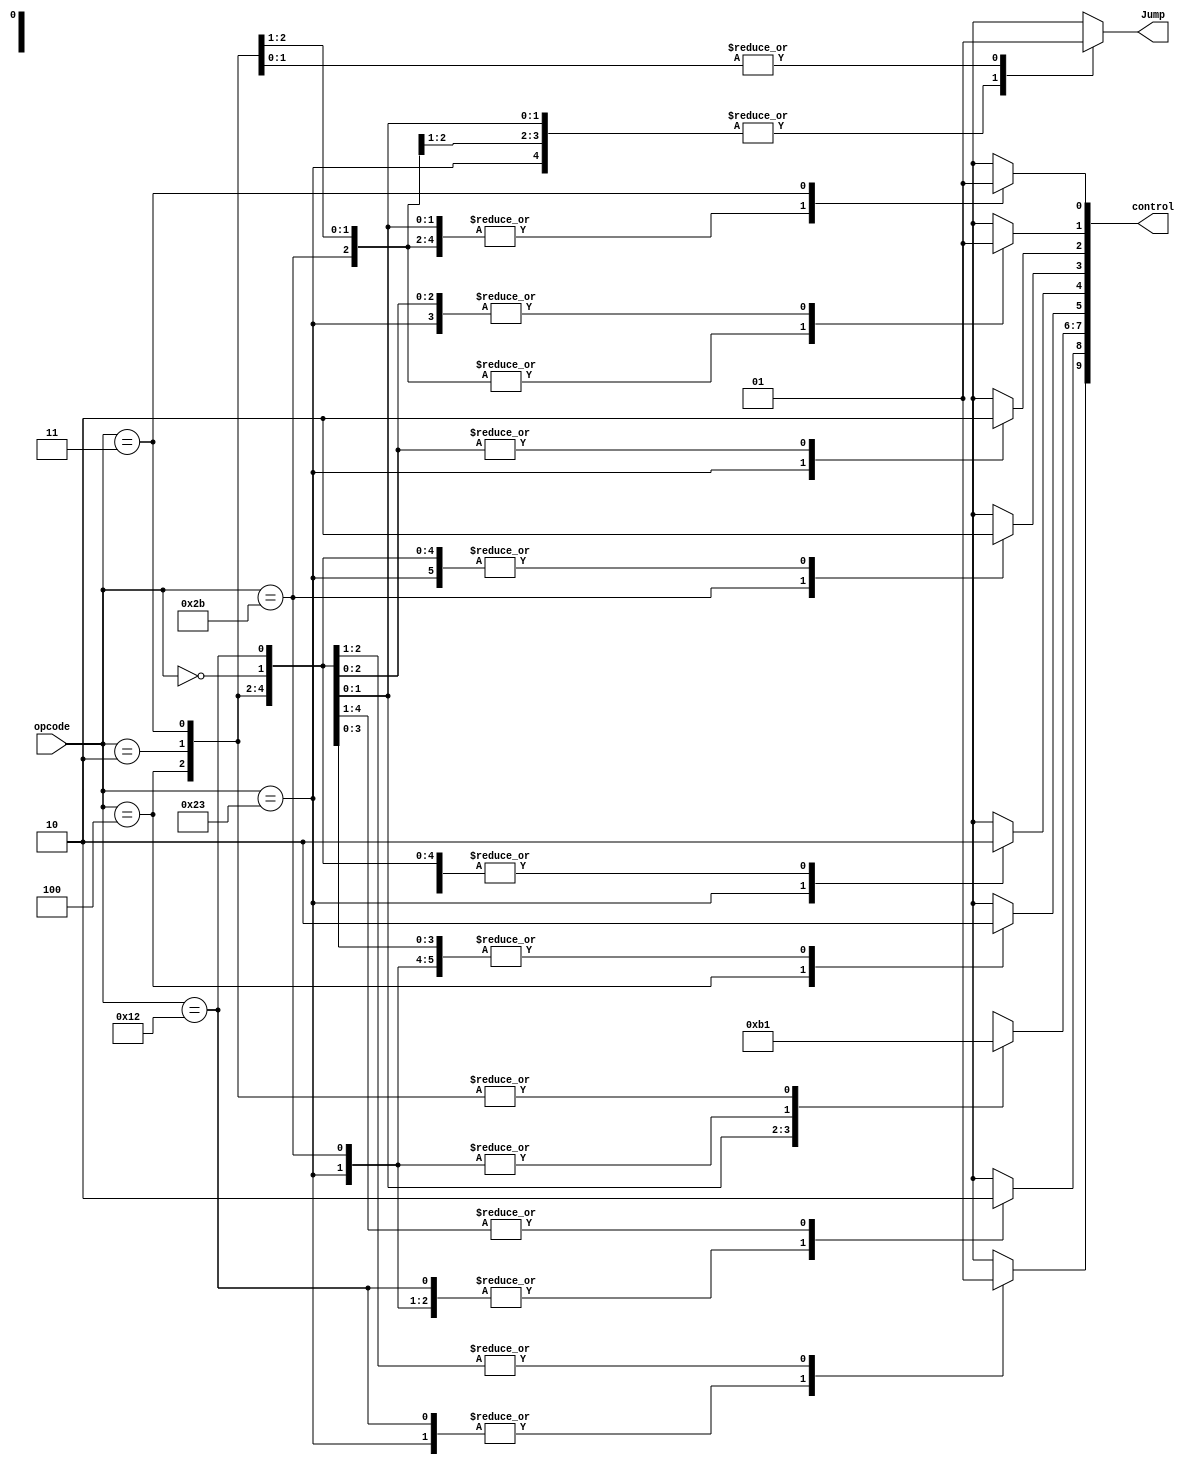
module control_pipeline( opcode, control, Jump );
    input[5:0] opcode;
	output[9:0] control ;
	output Jump ;

    reg RegDst, ALUSrc, MemtoReg, RegWrite, MemRead, MemWrite, Branch, Jump, Jal;
    reg[1:0] ALUOp;
	reg[9:0] control ;

	initial begin
		Branch = 1'b0 ;
		control = 10'bxxxx0xxxxx ;
		Jump = 1'b0 ;
	end
    parameter R_FORMAT = 6'd0;
	parameter SLTI = 6'd18;
    parameter LW = 6'd35;
    parameter SW = 6'd43;
    parameter BEQ = 6'd4;
	parameter J = 6'd2;
	parameter JAL = 6'd3;

    always @( opcode ) begin
        case ( opcode )
          R_FORMAT : 
          begin
				RegDst = 1'b1; ALUSrc = 1'b0; MemtoReg = 1'b0; RegWrite = 1'b1; MemRead = 1'b0; 
				MemWrite = 1'b0; Branch = 1'b0; Jump = 1'b0; ALUOp = 2'b10; Jal = 1'b0 ;
          end
          SLTI :
          begin
				RegDst = 1'b0; ALUSrc = 1'b1; MemtoReg = 1'b0; RegWrite = 1'b1; MemRead = 1'b0; 
				MemWrite = 1'b0; Branch = 1'b0; Jump = 1'b0; ALUOp = 2'b11; Jal = 1'b0 ;
          end
          LW :
          begin
				RegDst = 1'b0; ALUSrc = 1'b1; MemtoReg = 1'b1; RegWrite = 1'b1; MemRead = 1'b1; 
				MemWrite = 1'b0; Branch = 1'b0; Jump = 1'b0; ALUOp = 2'b00; Jal = 1'b0 ;
          end
          SW :
          begin
				RegDst = 1'bx; ALUSrc = 1'b1; MemtoReg = 1'bx; RegWrite = 1'b0; MemRead = 1'b0; 
				MemWrite = 1'b1; Branch = 1'b0; Jump = 1'b0; ALUOp = 2'b00; Jal = 1'b0 ;
          end
          BEQ :
          begin
				RegDst = 1'bx; ALUSrc = 1'b0; MemtoReg = 1'bx; RegWrite = 1'b0; MemRead = 1'b0; 
				MemWrite = 1'b0; Branch = 1'b1; Jump = 1'b0; ALUOp = 2'b01; Jal = 1'b0 ;
          end
		  J :
		  begin
				RegDst = 1'bx; ALUSrc = 1'b0; MemtoReg = 1'bx; RegWrite = 1'b0; MemRead = 1'b0; 
				MemWrite = 1'b0; Branch = 1'b0; Jump = 1'b1; ALUOp = 2'b01; Jal = 1'b0 ;
		  end
		  JAL :
		  begin
				RegDst = 1'b1; ALUSrc = 1'b0; MemtoReg = 1'b0; RegWrite = 1'b1; MemRead = 1'b0; 
				MemWrite = 1'b0; Branch = 1'b0; Jump = 1'b1; ALUOp = 2'b01; Jal = 1'b1 ;
		  end
          default
          begin
				$display("control_single unimplemented opcode %d", opcode);
				RegDst=1'bx; ALUSrc=1'bx; MemtoReg=1'bx; RegWrite=1'bx; MemRead=1'bx; 
				MemWrite=1'bx; Branch=1'bx; Jump = 1'bx; ALUOp = 2'bxx; Jal = 1'bx ;
          end

        endcase
		
		control = { RegDst, ALUSrc, ALUOp, Branch, MemRead, MemWrite, MemtoReg, RegWrite, Jal } ;
    end
endmodule